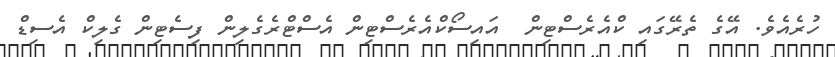
ހުރެއެވެ. އޭގެ ތެރޭގައި ކްއެރެސްޓިން  އައިސޯކްއެރެސްޓިން އެސްޓްރެގެލިން ފިސެޓިން ގެލިކް އެސިޑް